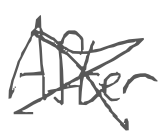
Text: After
Cross-out: cross
Writing tool: digital_gray